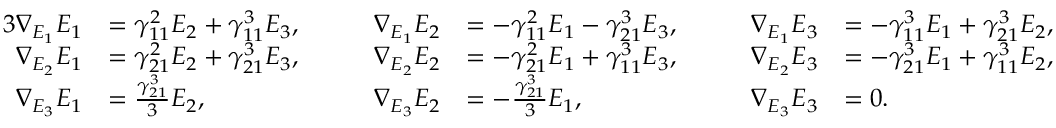
\begin{array} { r l r l r l } { { 3 } \nabla _ { E _ { 1 } } E _ { 1 } } & { = \gamma _ { 1 1 } ^ { 2 } E _ { 2 } + \gamma _ { 1 1 } ^ { 3 } E _ { 3 } , \qquad } & { \nabla _ { E _ { 1 } } E _ { 2 } } & { = - \gamma _ { 1 1 } ^ { 2 } E _ { 1 } - \gamma _ { 2 1 } ^ { 3 } E _ { 3 } , \qquad } & { \nabla _ { E _ { 1 } } E _ { 3 } } & { = - \gamma _ { 1 1 } ^ { 3 } E _ { 1 } + \gamma _ { 2 1 } ^ { 3 } E _ { 2 } , } \\ { \nabla _ { E _ { 2 } } E _ { 1 } } & { = \gamma _ { 2 1 } ^ { 2 } E _ { 2 } + \gamma _ { 2 1 } ^ { 3 } E _ { 3 } , } & { \nabla _ { E _ { 2 } } E _ { 2 } } & { = - \gamma _ { 2 1 } ^ { 2 } E _ { 1 } + \gamma _ { 1 1 } ^ { 3 } E _ { 3 } , } & { \nabla _ { E _ { 2 } } E _ { 3 } } & { = - \gamma _ { 2 1 } ^ { 3 } E _ { 1 } + \gamma _ { 1 1 } ^ { 3 } E _ { 2 } , } \\ { \nabla _ { E _ { 3 } } E _ { 1 } } & { = \frac { \gamma _ { 2 1 } ^ { 3 } } { 3 } E _ { 2 } , } & { \nabla _ { E _ { 3 } } E _ { 2 } } & { = - \frac { \gamma _ { 2 1 } ^ { 3 } } { 3 } E _ { 1 } , } & { \nabla _ { E _ { 3 } } E _ { 3 } } & { = 0 . } \end{array}